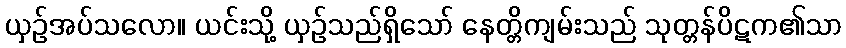
ယှဉ်အပ်သလော။ ယင်းသို့ ယှဉ်သည်ရှိသော် နေတ္တိကျမ်းသည် သုတ္တန်ပိဋက၏သာ